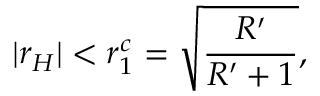
| r _ { H } | < r _ { 1 } ^ { c } = \sqrt { \frac { R ^ { \prime } } { R ^ { \prime } + 1 } } ,